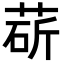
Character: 𦳵